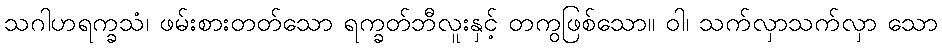
သဂါဟရက္ခသံ၊ ဖမ်းစားတတ်သော ရက္ခတ်ဘီလူးနှင့် တကွဖြစ်သော။ ဝါ၊ သက်လှာသက်လှာ သော